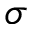
\sigma